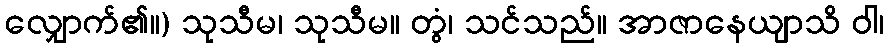
လျှောက်၏။) သုသီမ၊ သုသီမ။ တွံ၊ သင်သည်။ အာဇာနေယျာသိ ဝါ၊